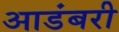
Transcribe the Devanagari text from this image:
आडंबरी